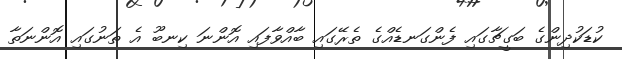
ކުޑަކުދިންގެ ބަގީޗާގައި ފެންގަނޑެއްގެ ތެރޭގައި ބާއްވާފައި އޮންނަ ކިނބޫ އެ ތަނުގައި އޮންނަތާ